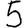
Digit: 5